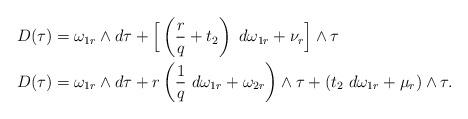
LaTeX: \begin{align*}D(\tau) &= \omega_{1r}\wedge d\tau + \Big[ \left(\frac{r}{q}+t_2\right) \ d\omega_{1r} + \nu_r \Big]\wedge\tau\\D(\tau) &= \omega_{1r}\wedge d\tau + r\left(\frac{1}{q}\ d\omega_{1r} + \omega_{2r}\right)\wedge\tau + (t_2 \ d\omega_{1r} +\mu_{r})\wedge\tau.\end{align*}